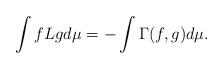
LaTeX: \begin{align*} \int f L g d\mu = - \int \Gamma(f,g) d\mu .\end{align*}